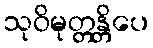
သုဝိမုတ္တန္တိပေ